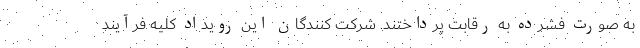
به صورت فشرده به رقابت پرداختند. شرکت کنندگان این رویداد کلیه فرآیند